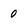
Character: 0